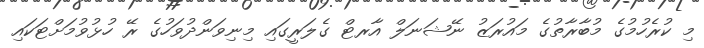
މި ކުރެހުމުގެ މުބާރާތުގެ މައުރަޒު ނޭޝަނަލް އާރޓް ގެލަރީގައި މިނިވަންދުވަހުގެ ރޭ ހުޅުވުމަށްޓަކައި